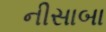
નીસાબા